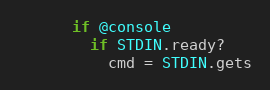
Language: Ruby
      if @console
        if STDIN.ready?
          cmd = STDIN.gets